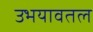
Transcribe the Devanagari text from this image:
उभयावतल